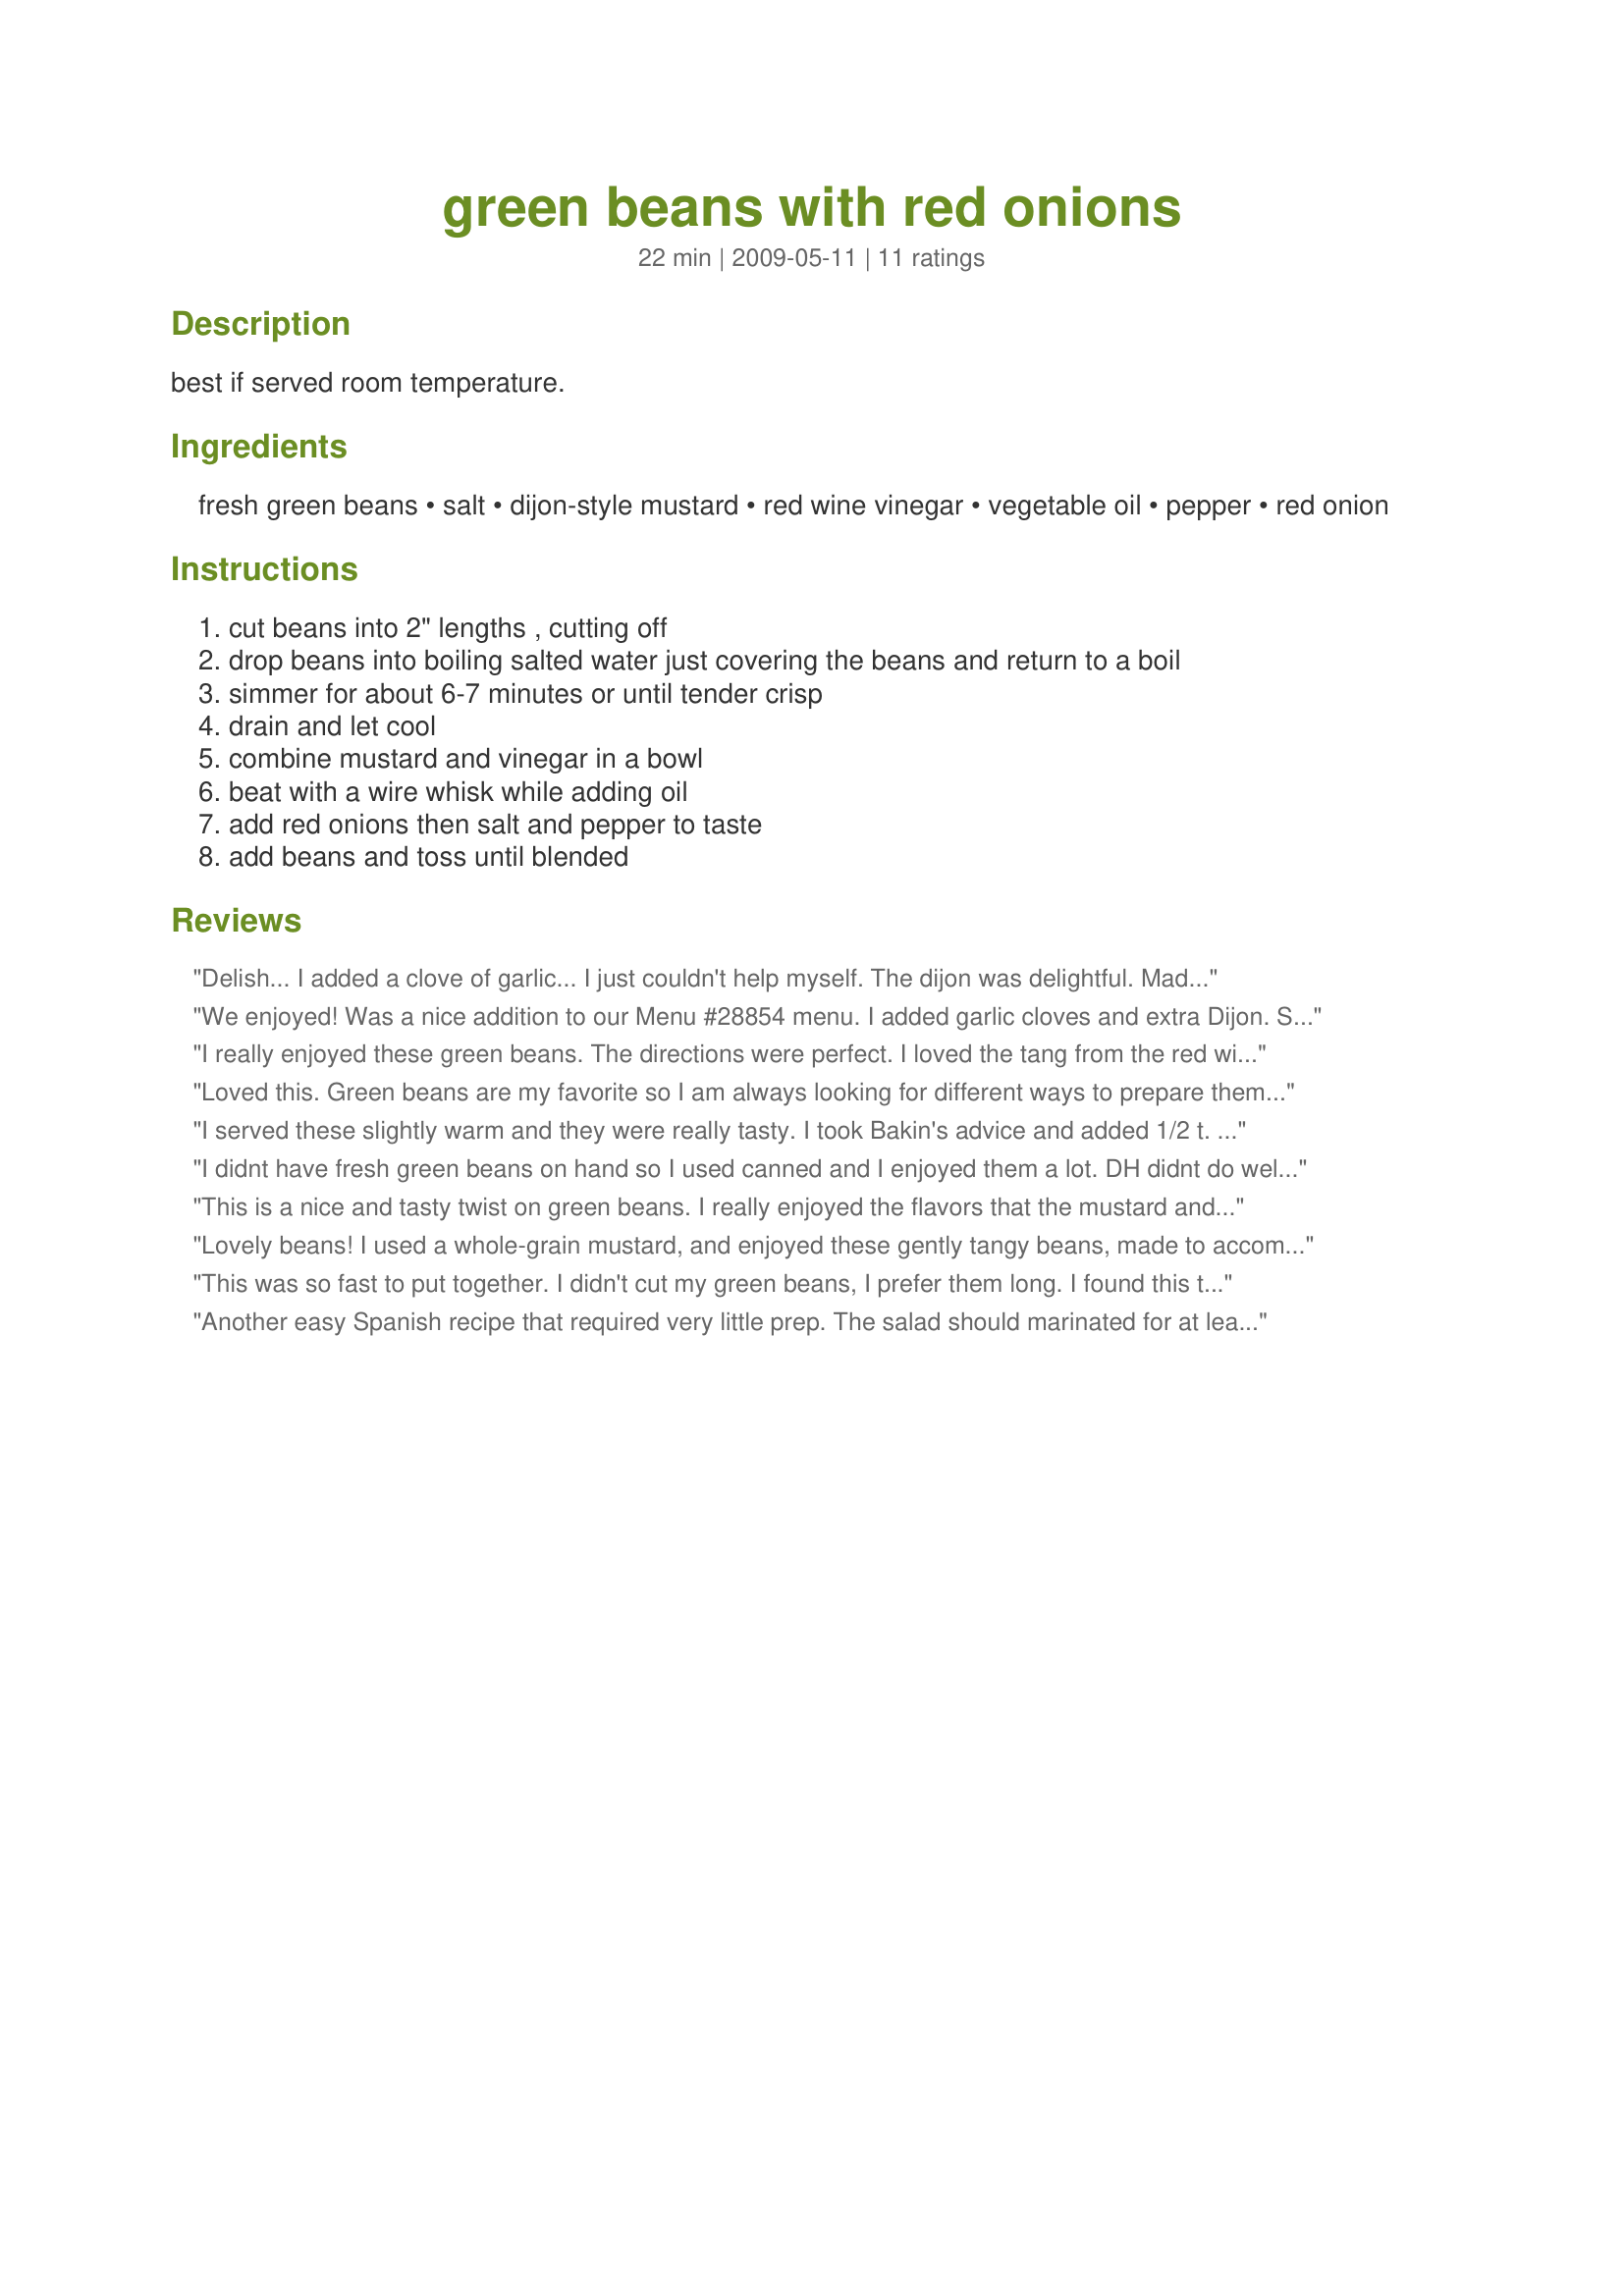
green beans with red onions
Preparation time: 22 minutes

best if served room temperature.

Ingredients:
fresh green beans, salt, dijon-style mustard, red wine vinegar, vegetable oil, pepper, red onion

Steps:
cut beans into 2" lengths , cutting off
drop beans into boiling salted water just covering the beans and return to a boil
simmer for about 6-7 minutes or until tender crisp
drain and let cool
combine mustard and vinegar in a bowl
beat with a wire whisk while adding oil
add red onions then salt and pepper to taste
add beans and toss until blended

Reviews:
Delish... I added a clove of garlic... I just couldn't help myself. The dijon was delightful. Made for 123 tag, sorry I missed it inthe ZWT5, what was I thinking? Delish.
We enjoyed! Was a nice addition to our Menu #28854 menu. I added garlic cloves and extra Dijon. Skipping the salt. Thanks made for ZWT5.
;)
I really enjoyed these green beans. The directions were perfect. I loved the tang from the red wine vinegar and dijon mustard. The red onions were a fabulous addition. Easy recipe and tastes great. I will definitely be making these again.
~Made for ZWT5 Epicurean Queens~
Loved this. Green beans are my favorite so I am always looking for different ways to prepare them. This was quick easy and delicious. I chilled mine a little before serving. Made for Potluck tag.
I served these slightly warm and they were really tasty. I took Bakin's advice and added 1/2 t. of minsed garlic. I used fresh yellow beans instead of green. Great taste from the honeymustard and redwine vinegar. Nothing says summer than fresh veggies:-)
Made for HolidayTag.
I didnt have fresh green beans on hand so I used canned and I enjoyed them a lot. DH didnt do well with them but when he took some over to my mom she loved them too. Put the green beans in a skillet and added the onion and dressing then let the beans warm thru. Will be making these again when I go to the Farmer's Market and get some fresh green beans. This recipe is a definite keeper! Made and reviewed for Kittencal's Going Green For March Recipe Tag.
This is a nice and tasty twist on green beans. I really enjoyed the flavors that the mustard and vinegar added. The oil was reduced to 2 tablespoons and worked well. The onion was tossed into the beans along with the dressing, the lid was placed on tight and they were allowed to stand a few minutes before serving. The beans were crisp tender and the onion was slightly wilted. Made for *Partying the Diabetic Way*
Lovely beans! I used a whole-grain mustard, and enjoyed these gently tangy beans, made to accompany a meatball casserole.

My daughters don't like uncooked onion, so I did saute my onion in a knob of butter beforehand, nonetheless, these were delicious, thank you, gailanng!
This was so fast to put together. I didn't cut my green beans, I prefer them long. I found this to be real tasty. Served it with Nif's pork cutlets. I would try this again and I think I would try a different oil as cookgirl suggested. But my DD and I really enjoyed this dish. Thanks for the recipe post. Made for ZWT5
Another easy Spanish recipe that required very little prep. The salad should marinated for at least several hours for best flavor. I think a fruity Spanish olive oil would be better for this recipe. Reviewed for ZWT 2009.
I liked the fact that there was plenty of dressing to coat the green beans. I brought them to a work pot luck but they weren't touched much. Perhaps people were more interested in the sweets, rather than this healthy bean dish. I served them at room temperature.
